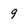
Character: 9